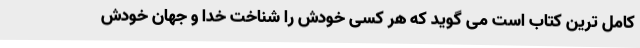
کامل ترین کتاب است می گوید که هر کسی خودش را شناخت خدا و جهان خودش